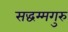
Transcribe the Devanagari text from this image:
सद्धम्मगुरु